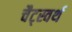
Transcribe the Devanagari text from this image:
चैट्स्वर्थ